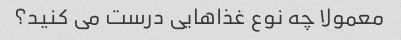
معمولا چه نوع غذاهایی درست می کنید؟